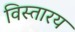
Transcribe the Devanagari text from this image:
विस्तारय